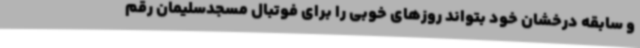
و سابقه درخشان خود بتواند روزهای خوبی را برای فوتبال مسجدسلیمان رقم